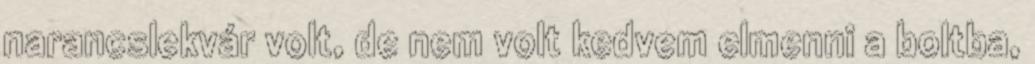
narancslekvár volt, de nem volt kedvem elmenni a boltba,